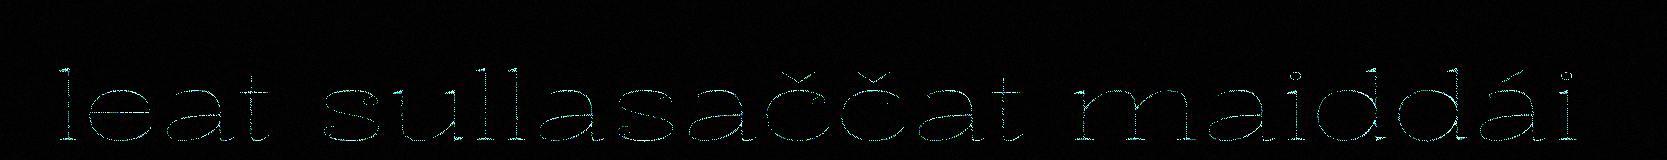
leat sullasaččat maiddái